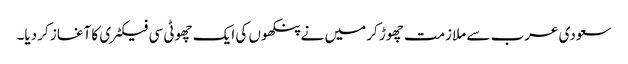
سعودی عرب سے ملازمت چھوڑ کر میں نے پنکھوں کی ایک چھوٹی سی فیکٹری کا آغاز کر دیا۔